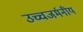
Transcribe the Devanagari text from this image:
उच्चजर्मनीय